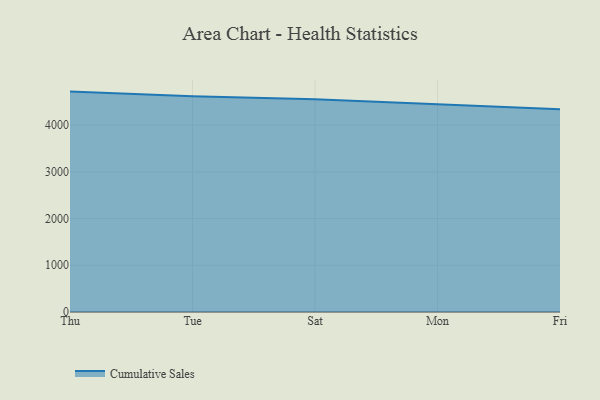
{"axis": {"x": "Day", "y": "Production Output"}, "legend": ["Cumulative Sales"], "data": [{"x": "Thu", "y": 4715.3, "type": "Cumulative Sales"}, {"x": "Tue", "y": 4615.0, "type": "Cumulative Sales"}, {"x": "Sat", "y": 4552.4, "type": "Cumulative Sales"}, {"x": "Mon", "y": 4448.3, "type": "Cumulative Sales"}, {"x": "Fri", "y": 4335.5, "type": "Cumulative Sales"}]}